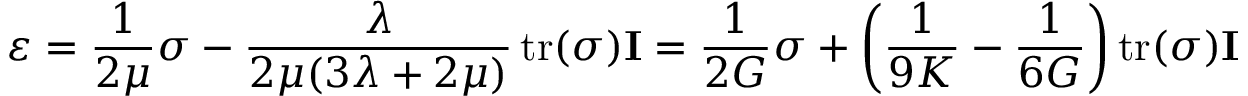
{ \boldsymbol { \varepsilon } } = { \frac { 1 } { 2 \mu } } { \boldsymbol { \sigma } } - { \frac { \lambda } { 2 \mu ( 3 \lambda + 2 \mu ) } } \operatorname { t r } ( { \boldsymbol { \sigma } } ) \mathbf { I } = { \frac { 1 } { 2 G } } { \boldsymbol { \sigma } } + \left( { \frac { 1 } { 9 K } } - { \frac { 1 } { 6 G } } \right) \operatorname { t r } ( { \boldsymbol { \sigma } } ) \mathbf { I }